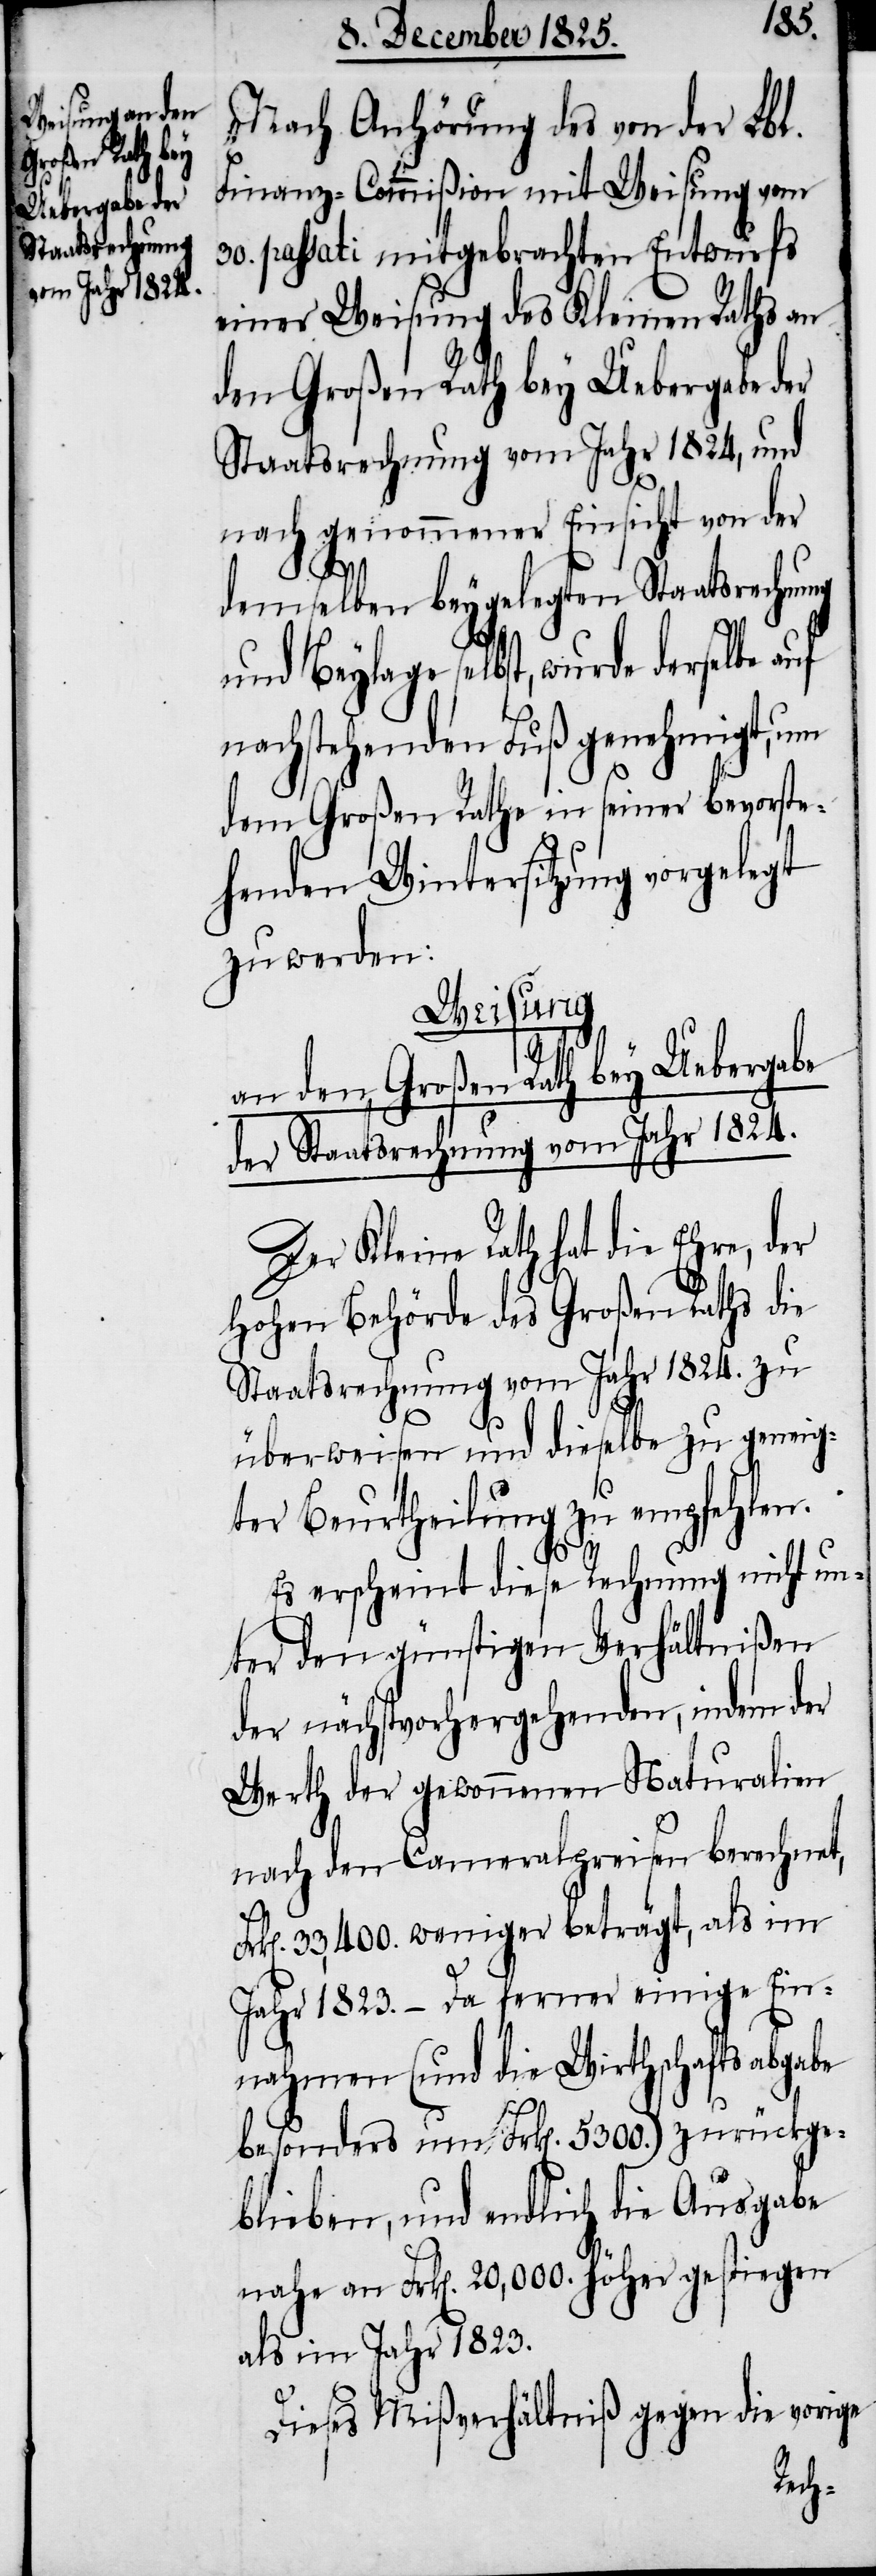
Nach Anhörung des von der Lbl.
Finanz-Commißion mit Weisung vom
30. passati mitgebrachten Entwurfs
einer Weisung des Kleinen Raths an
den Großen Rath bey Uebergabe der
Staatsrechnung vom Jahr 1824, und
nach genommener Einsicht von der
Fr¬
demselben beygelegten Staatsrechnung
selbst, wurde derselbe auf
nachstehenden Fuß genehmigt, um
dem Großen Rathe in seiner bevorste¬
henden Wintersitzung vorgelegt
zu werden:
Weisung
an den Großen Rath bey Uebergabe
der Staatsrechnung vom Jahr 1824.
Der Kleine Rath hat die Ehre, der
hohen Behörde des Großen Raths die
Staatsrechnung vom Jahr 1824. zu
überweisen und dieselbe zu geneig¬
ter Beurtheilung zu empfehlen.
Es erscheint diese Rechnung nicht un¬
ter den günstigen Verhältnißen
der nächstvorhergehenden, indem der
Werth der gewonnenen Naturalien
nach den Cameralpreisen berechnet,
k[en]. 33,400. weniger beträgt, als im
Jahr 1823. – Da ferner einige Ein¬
nahmen (und die Wirthschaftsabgabe
besonders um Frk[en]. 5300.) zurückge¬
blieben, und endlich die Ausgabe
nahe an Frk[en]. 20,000. höher gestiegen
als im Jahr 1823.
Dieses Mißverhältniß gegen die vorige